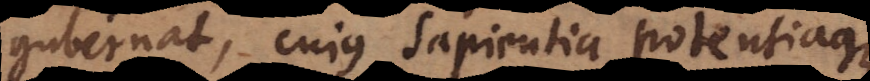
gubernat, cujus sapientia potentiaque